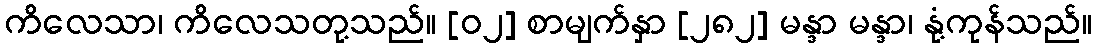
ကိလေသာ၊ ကိလေသတု့သည်။ [၀၂] စာမျက်နှာ [၂၈၂] မန္ဒာ မန္ဒာ၊ နုံ့ကုန်သည်။